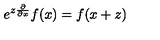
e ^ { z \frac { \partial } { \partial x } } f ( x ) = f ( x + z )